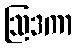
ဩဒကာ